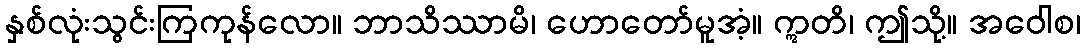
နှစ်လုံးသွင်းကြကုန်လော။ ဘာသိဿာမိ၊ ဟောတော်မူအံ့။ ဣတိ၊ ဤသို့။ အဝေါစ၊